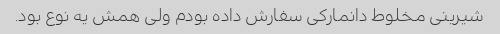
شیرینی مخلوط دانمارکی سفارش داده بودم ولی همش یه نوع بود.